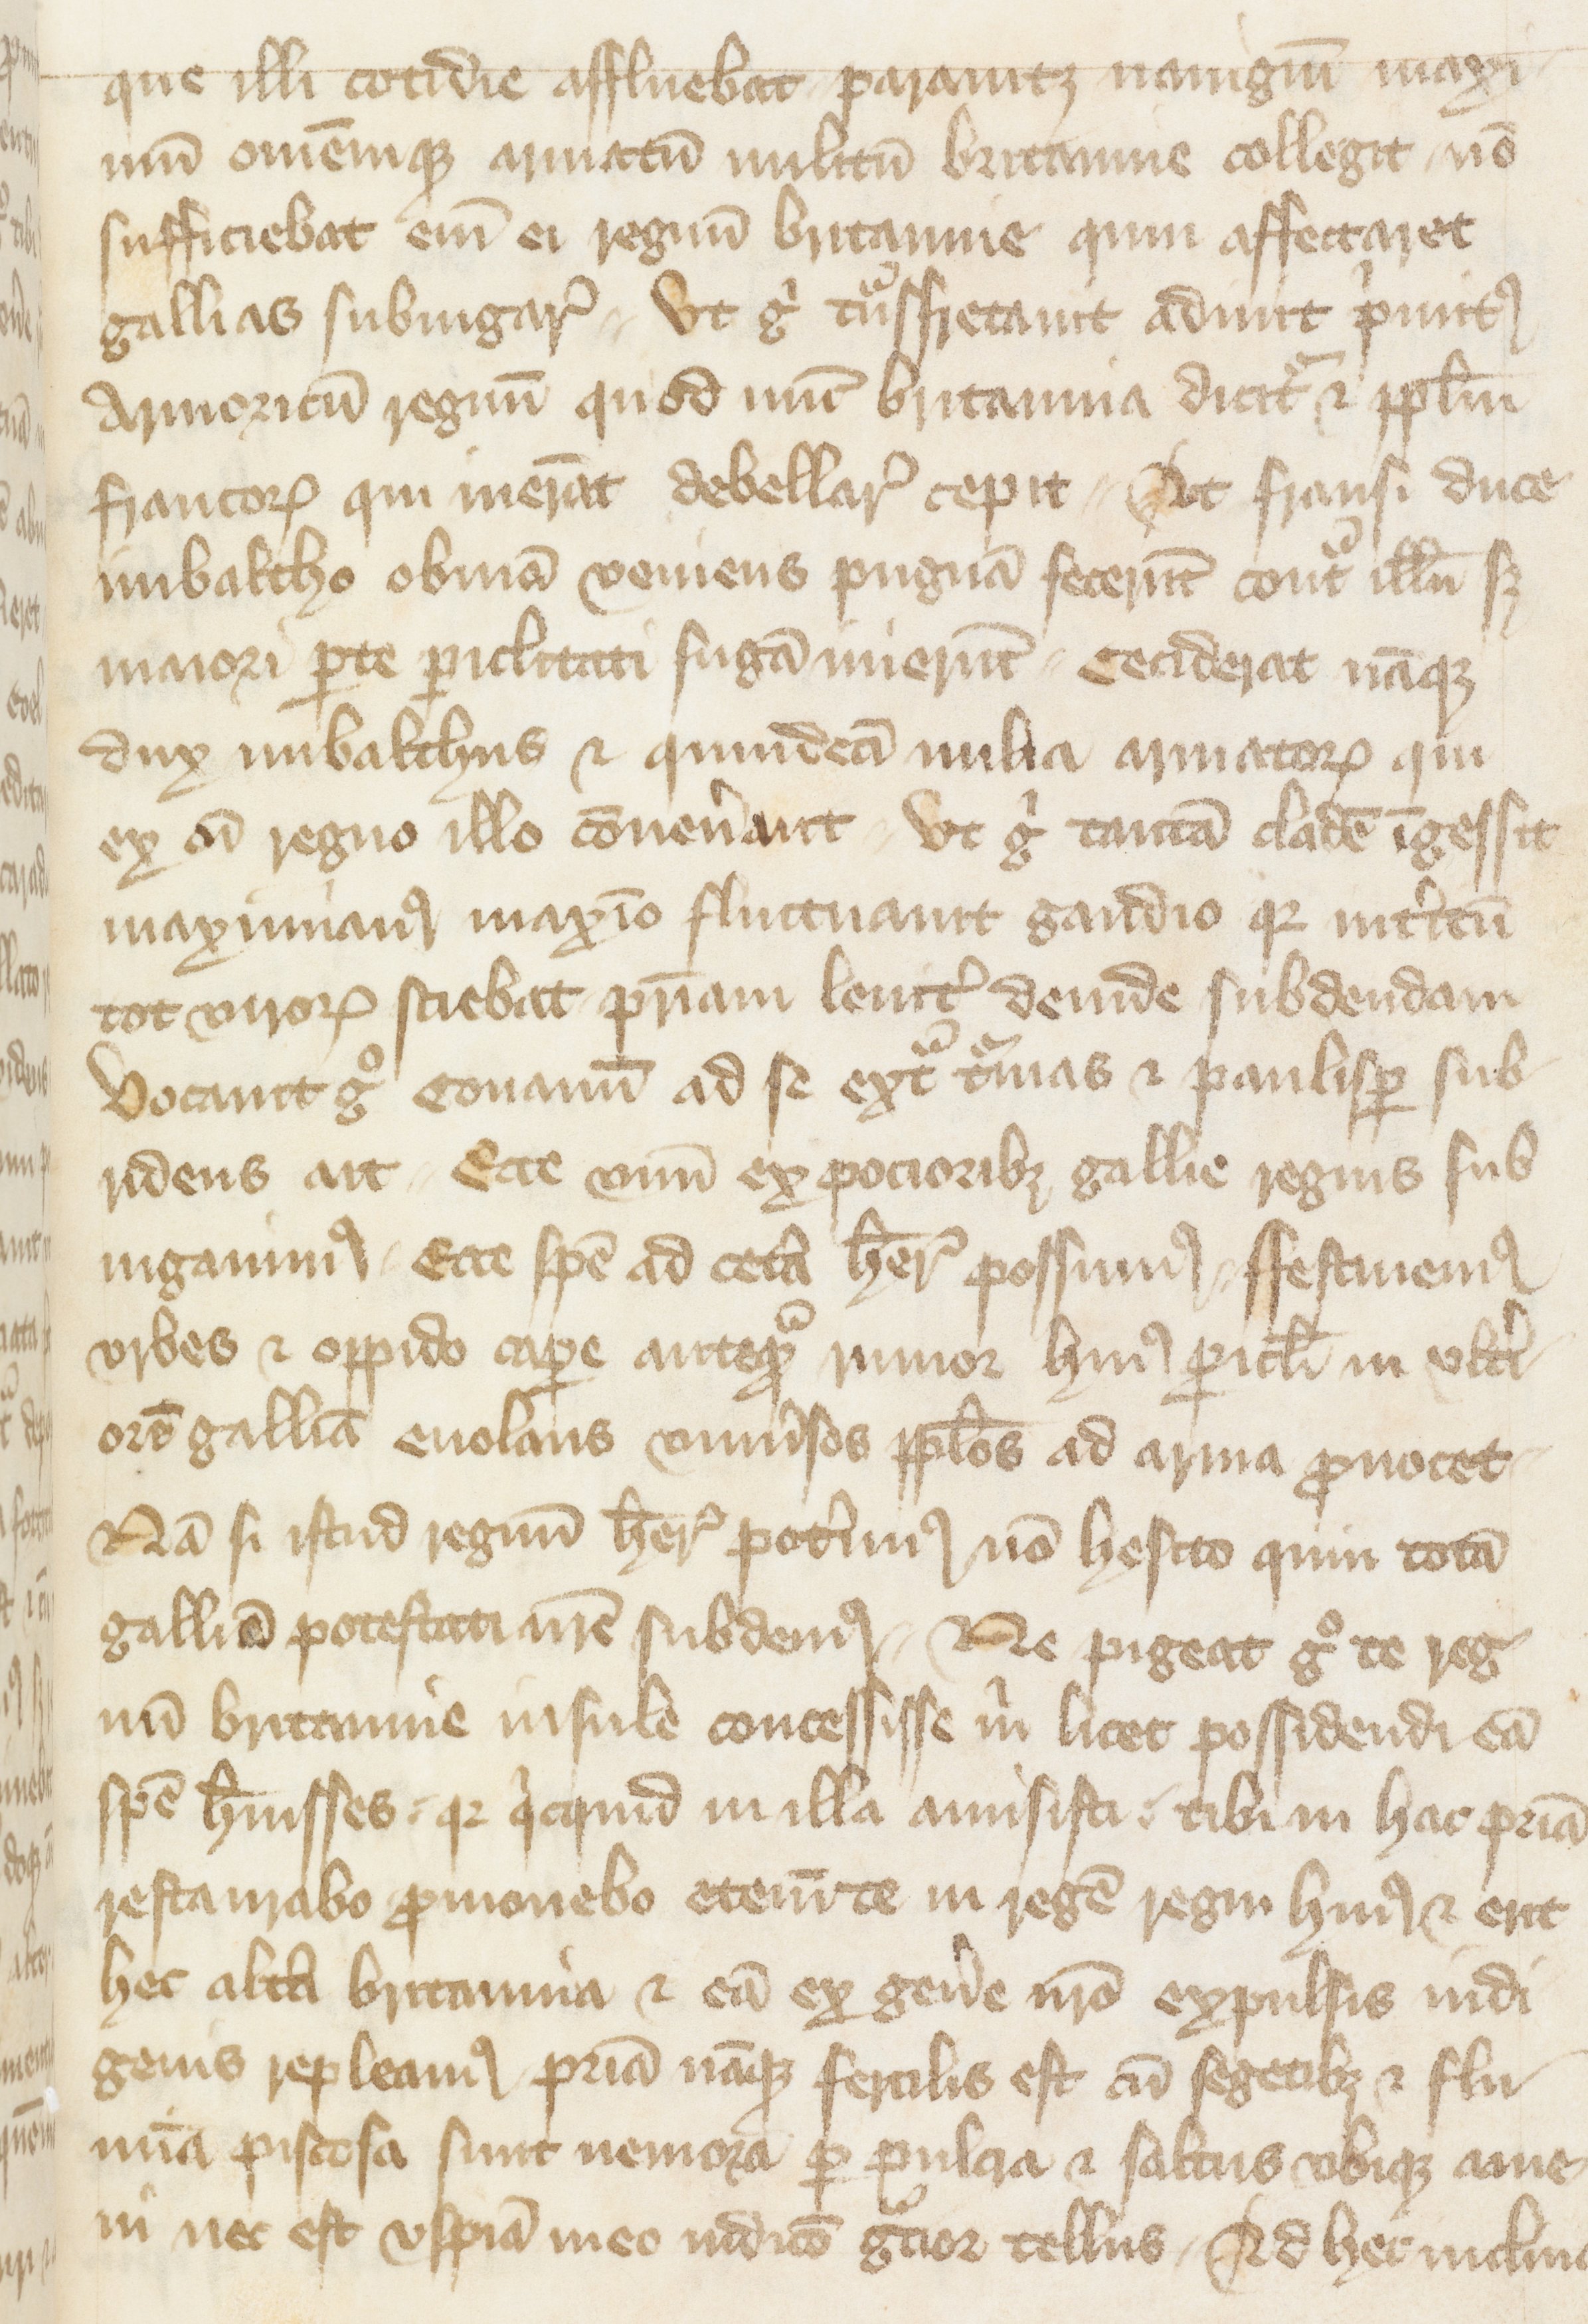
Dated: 1400–1499